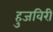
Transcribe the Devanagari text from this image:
हुजविरी